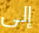
إلى